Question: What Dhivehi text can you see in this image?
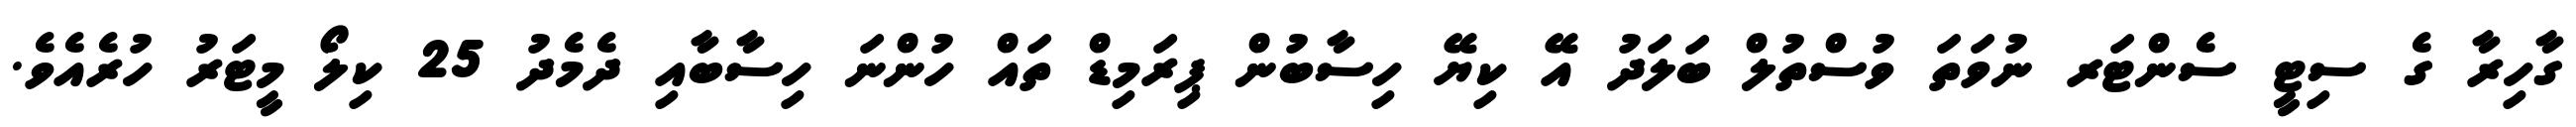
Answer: ގާހިރާ ގެ ސިޓީ ސެންޓަރ ނުވަތަ ވުސްތުލް ބަލަދު އޭ ކިޔޭ ހިސާބުން ޕިރަމިޑް ތައް ހުންނަ ހިސާބާއި ދެމެދު 25 ކިލޯ މީޓަރު ހުރެއެވެ.